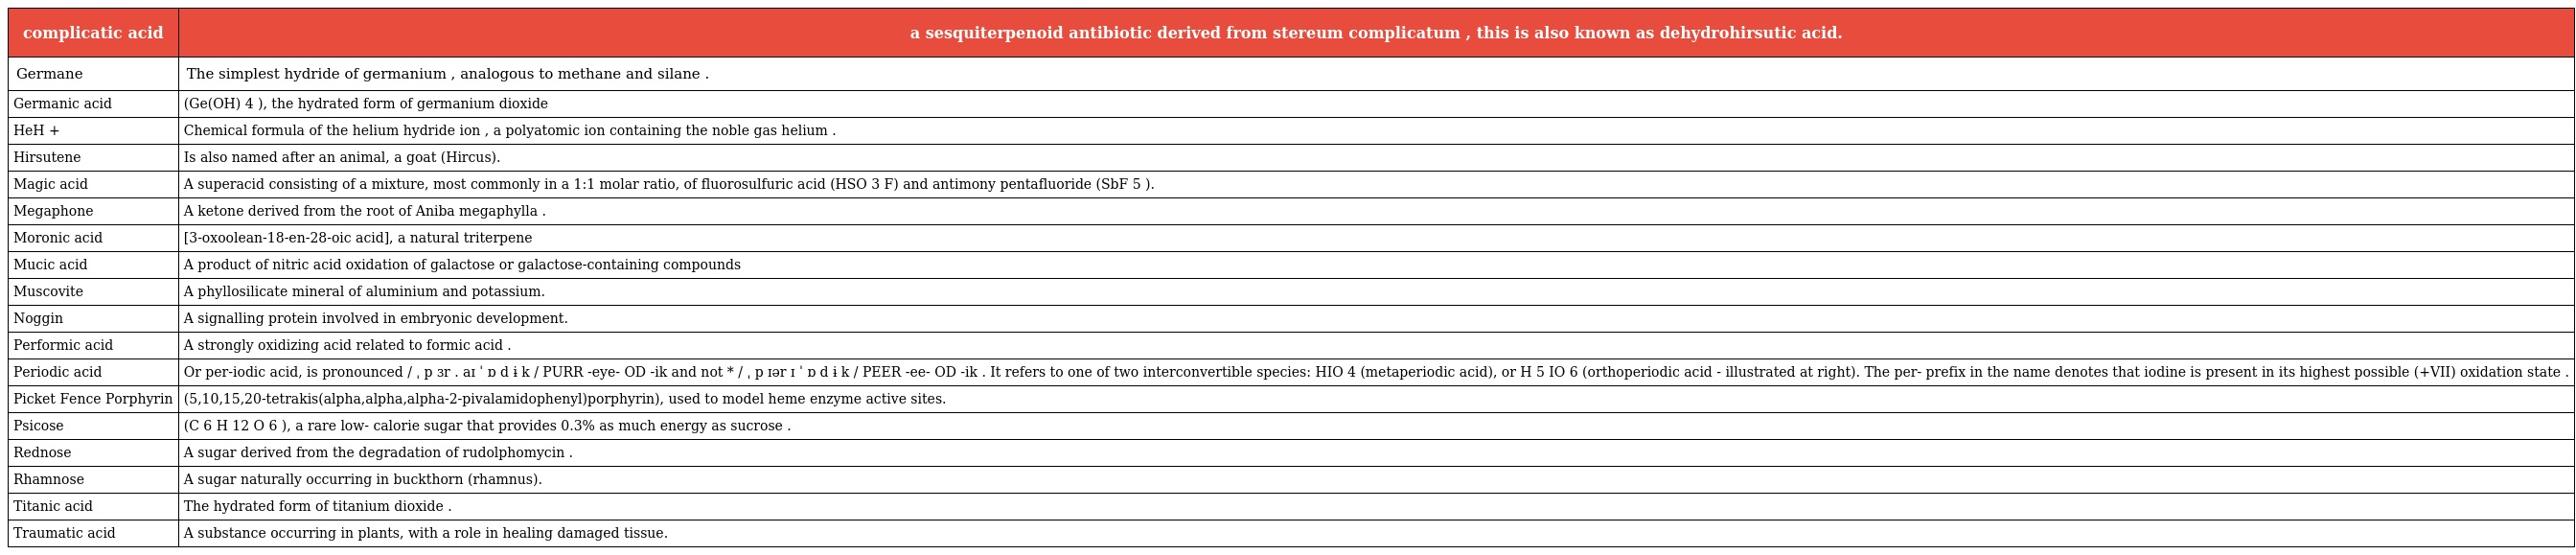
| complicatic acid | a sesquiterpenoid antibiotic derived from stereum complicatum , this is also known as dehydrohirsutic acid. |
 | --- | --- |
 | Germane | The simplest hydride of germanium , analogous to methane and silane . |
 | Germanic acid | (Ge(OH) 4 ), the hydrated form of germanium dioxide |
 | HeH + | Chemical formula of the helium hydride ion , a polyatomic ion containing the noble gas helium . |
 | Hirsutene | Is also named after an animal, a goat (Hircus). |
 | Magic acid | A superacid consisting of a mixture, most commonly in a 1:1 molar ratio, of fluorosulfuric acid (HSO 3 F) and antimony pentafluoride (SbF 5 ). |
 | Megaphone | A ketone derived from the root of Aniba megaphylla . |
 | Moronic acid | [3-oxoolean-18-en-28-oic acid], a natural triterpene |
 | Mucic acid | A product of nitric acid oxidation of galactose or galactose-containing compounds |
 | Muscovite | A phyllosilicate mineral of aluminium and potassium. |
 | Noggin | A signalling protein involved in embryonic development. |
 | Performic acid | A strongly oxidizing acid related to formic acid . |
 | Periodic acid | Or per-iodic acid, is pronounced / ˌ p ɜr . aɪ ˈ ɒ d ɨ k / PURR -eye- OD -ik and not * / ˌ p ɪər ɪ ˈ ɒ d ɨ k / PEER -ee- OD -ik . It refers to one of two interconvertible species: HIO 4 (metaperiodic acid), or H 5 IO 6 (orthoperiodic acid - illustrated at right). The per- prefix in the name denotes that iodine is present in its highest possible (+VII) oxidation state . |
 | Picket Fence Porphyrin | (5,10,15,20-tetrakis(alpha,alpha,alpha-2-pivalamidophenyl)porphyrin), used to model heme enzyme active sites. |
 | Psicose | (C 6 H 12 O 6 ), a rare low- calorie sugar that provides 0.3% as much energy as sucrose . |
 | Rednose | A sugar derived from the degradation of rudolphomycin . |
 | Rhamnose | A sugar naturally occurring in buckthorn (rhamnus). |
 | Titanic acid | The hydrated form of titanium dioxide . |
 | Traumatic acid | A substance occurring in plants, with a role in healing damaged tissue. |